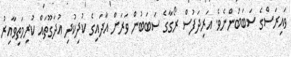
ވައިރަސްގެ ސަބަބުންނެވެ. އަރިދަފުސް ރޯގާގެ ސަބަބުން ވަރަށް އާދައިގެ ކުދިކުދި އުދަގޫތައް ކުރިމަތިވާއިރު